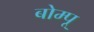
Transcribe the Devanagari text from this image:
बोम्पू